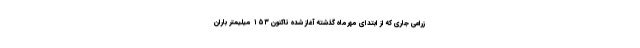
زراعی جاری که از ابتدای مهرماه گذشته آغاز شده تاکنون ۱۵۳ میلیمتر باران